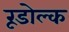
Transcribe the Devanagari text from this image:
रूडोल्क